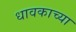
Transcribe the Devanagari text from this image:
धावकाच्या